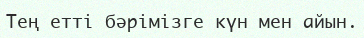
Тең етті бәрімізге күн мен айын.